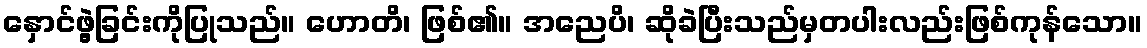
နှောင်ဖွဲ့ခြင်းကိုပြုသည်။ ဟောတိ၊ ဖြစ်၏။ အညေပိ၊ ဆိုခဲပြီးသည်မှတပါးလည်းဖြစ်ကုန်သော။